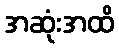
အဆုံးအထိ